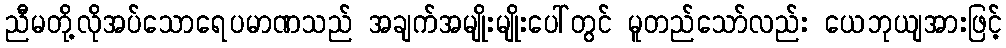
ညီမတို့လိုအပ်သောရေပမာဏသည် အချက်အမျိုးမျိုးပေါ်တွင် မူတည်သော်လည်း ယေဘုယျအားဖြင့်